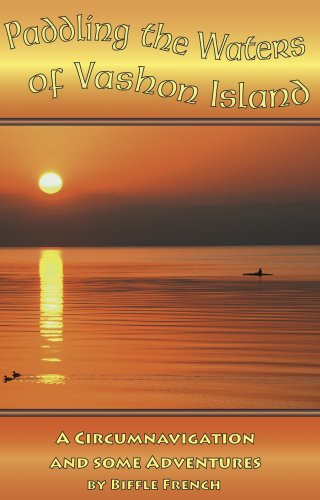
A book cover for Paddling the Waters of Vashon Island; Biffle French; Travel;